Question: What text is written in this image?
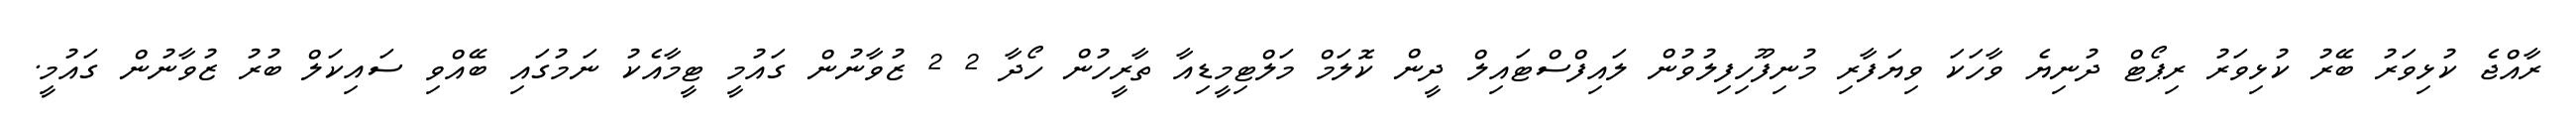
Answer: ރާއްޖެ ކުޅިވަރު ބޭރު ކުޅިވަރު ރިޕޯޓް ދުނިޔެ ވާހަކަ ވިޔަފާރި މުނިފޫހިފިލުވުން ލައިފްސްޓައިލް ދީން ކޮލަމް މަލްޓިމީޑިއާ ތާރީހުން ހޯދާ 2 2 ޒުވާނުން ގައުމީ ޓީމާއެކު ނަމުގައި ބޭއްވި ސައިކަލް ބުރު ޒުވާނުން ގައުމީ.